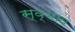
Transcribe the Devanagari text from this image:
स्व्भाव